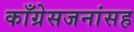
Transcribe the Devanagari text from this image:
काँग्रेसजनांसह